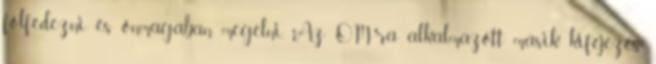
fölfedezni és önmagában megélni. Az OM-ra alkalmazott másik kifejezés